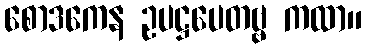
စောဒကေန ဥပဋ္ဌပေတဗ္ဗ ကထာ။